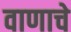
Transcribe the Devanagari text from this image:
वाणाचे